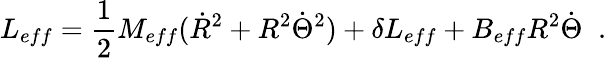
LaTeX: L_{eff}=\frac{1}{2}M_{eff}(\dot{R}^{2}+R^{2}\dot{\Theta}^{2})+\delta L_{eff}+B_{eff}R^{2}\dot{\Theta}\; \; .